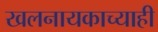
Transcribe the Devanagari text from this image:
खलनायकाच्याही